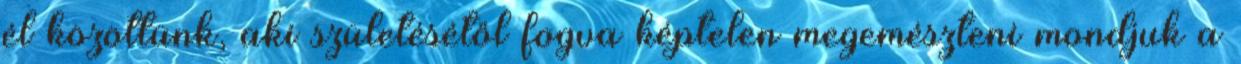
él közöttünk, aki születésétől fogva képtelen megemészteni mondjuk a